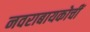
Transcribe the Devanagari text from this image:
नवराबायकोचीं